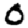
Digit: 0